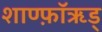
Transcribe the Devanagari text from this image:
शाण्फ़ॉऋड्